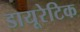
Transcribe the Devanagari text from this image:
डायूरेटिक